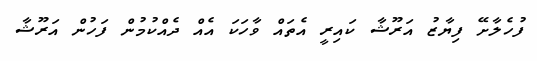
ފުހެލާށޭ ފިޔާޒު އަރޫޝާ ކައިރީ އެތައް ވާހަކަ އެއް ދެއްކުމުން ފަހުން އަރޫޝާ